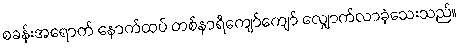
စခန်းအရောက် နောက်ထပ် တစ်နာရီကျော်ကျော် လျှောက်လာခဲ့သေးသည်။